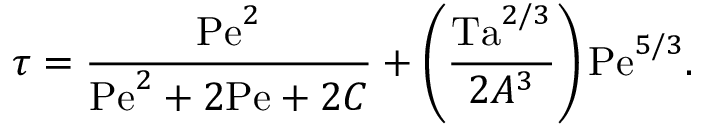
\tau = { \frac { \mathrm { P e } ^ { 2 } } { \mathrm { P e } ^ { 2 } + 2 \mathrm { P e } + 2 C } } + \left( { \frac { \mathrm { T a } ^ { 2 / 3 } } { 2 A ^ { 3 } } } \right) \mathrm { P e } ^ { 5 / 3 } .